V__Kingissepa_nim__kolhoos, lk 11
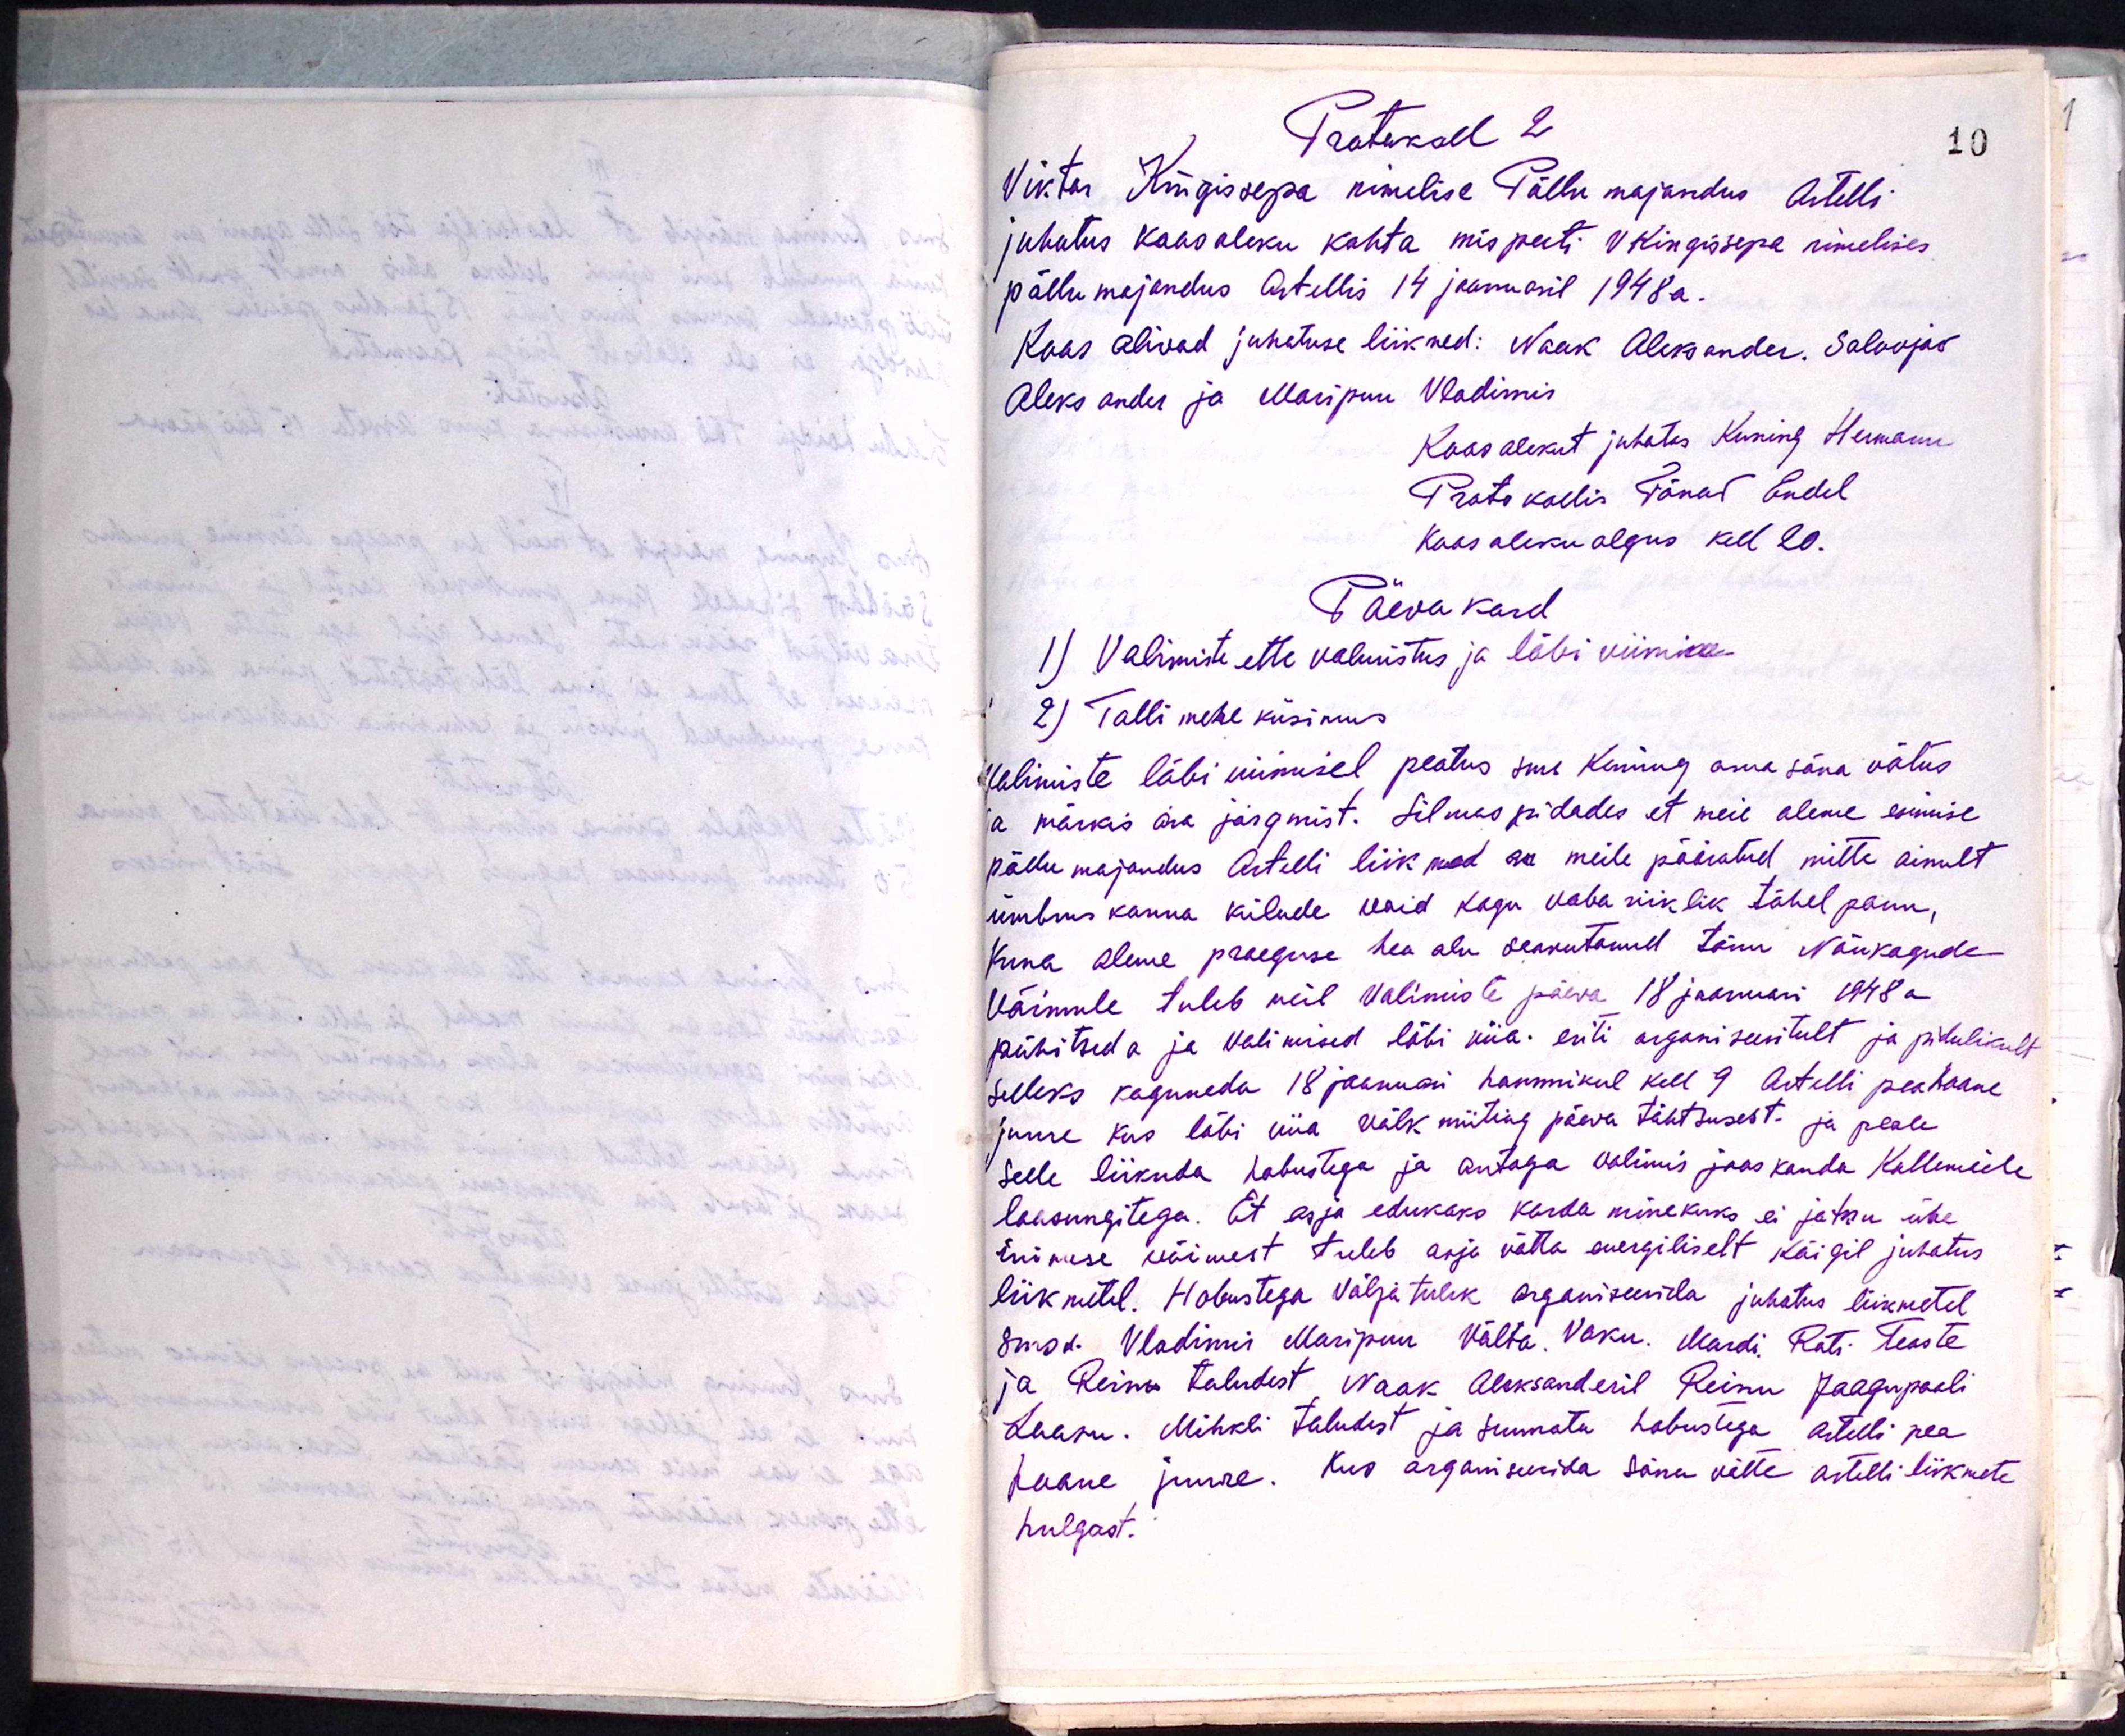
Protokoll 2
Viktor Kingisepa nimelise Põllumajandus Artelli
juhatus koosoleku kohta mis peeti V Kingissepa nimelises
põllumajandus Artellis 14 jaanuaril 1948a.
Koos olivad juhatuse liikmed: Naak Aleksander. Solovjev
Aleksander ja Maripuu Vladimir
Koosolekut juhatas Kuning Hermann
Protokollis Tänav Endel.
Koosoleku algus kell 20.
Päevakord
1) Valimiste ette valmistus ja läbi viimine
2) Talli mehe küsimus,
valimiste läbi viimisel, peatus sms Kuning oma sõna võtus
ja märkis ära järgmist. Silmas pidades et meie olime esimise
põllumajandus Artelli liikmed on meile pööratud mitte ainult
ümbruskonna külade vaid kogu vabariiklik tähelpanu,
Kuna oleme praeguse hea olu saavutanud tänu Nõukogude
Võimule tuleb meil valimiste päeva 18 jaanuari 1948 a
pühitseda ja valimised läbi viia eriti organiseeritult ja pidulikult
selleks koguneda 18 jaanuari hommikul kell 9 Artelli peahoone
juure kus läbi viia välk miiting päeva tähtsusest. ja peale
selle liikuda hobustega ja antaga valimis jaoskonda Kallemile
loosungitega. Et asja edukaks korda minekuks ei jätku ühe
inimese wõimest tuleb asja võtta energiliselt kõigil juhatus
liikmetel. Hobustega väljatulek organiseerida juhatus liikmetele
Sms. Vladimir Maripuu Välta. Vaku. Mardi. Rati. Teaste
ja Reina taludest Naak Aleksanderil Reinu Jaagupooli
Laam. Mihkli taludest ja suunata hobustega artelli pea
hoone juure. Kus organiseerida sõna võtte artelli liikmete
hulgast.